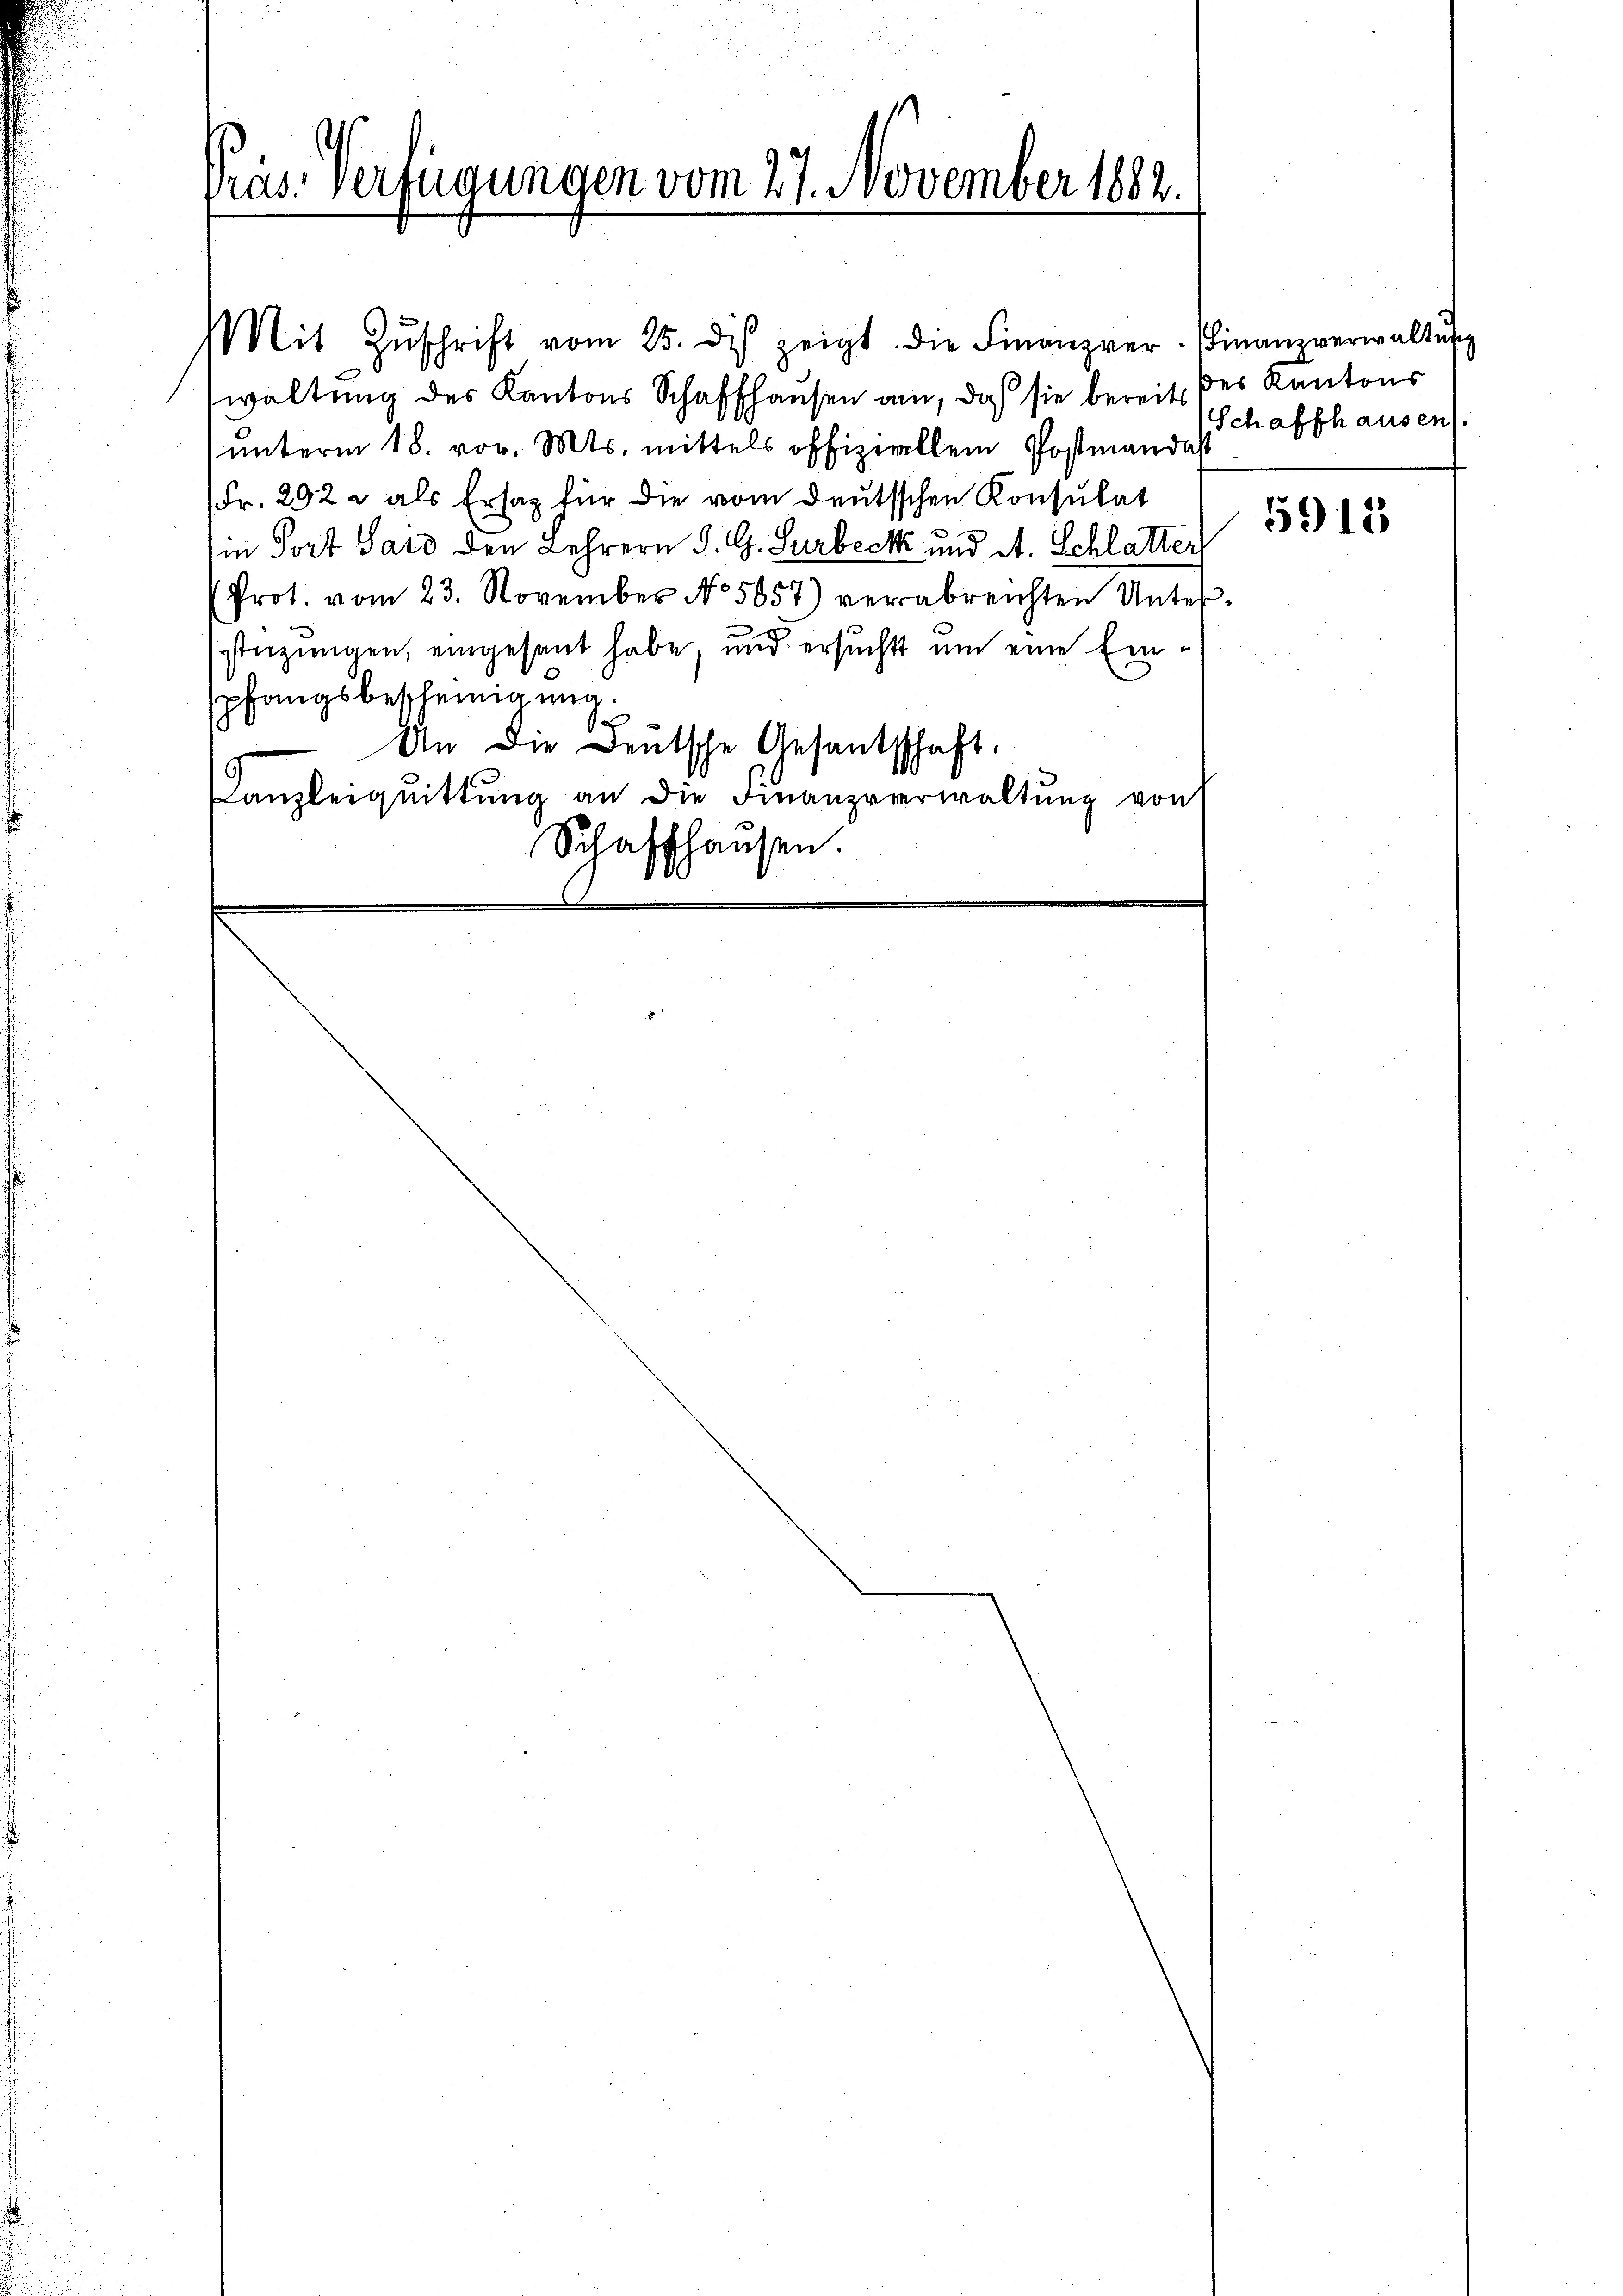
Präs. Verfügungen vom 27. November 1882.

Mit Zŭschrift vom 25. des zeigt. Die Finanzver-Finanzverwaltŭng
waltung des Kantons Schaffhausen an, daß sie bereits des Kantons
ŭnterm 18. vor. Mts. mittels offiziellem Postmandas
Fr. 292 u als Ersatz für die vom Deutschen Konsulat
in Port Sard den Lehrern S. G. Surbeck und A. Schlatter
Prot. vom 23. November No 5857) verabreichten Unterstüzungen, eingesant habe, und ersucht um eine Einspfangsbescheinigung
An die Deutsche Gesantschaft.
9
Canzleiquittung an die Finanzverwaltung von
Schaffhausen.

Schaffhausen).

5915